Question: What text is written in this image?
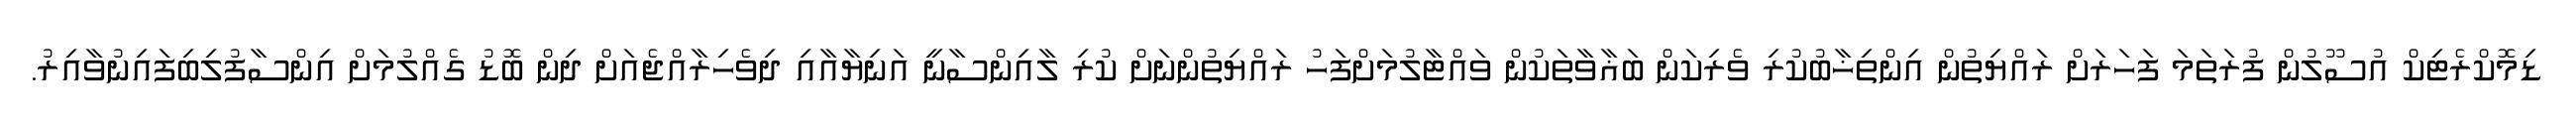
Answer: ޑިމޮކްރެޓިކް އުސޫލުން ފުރަތަމަ ފަހަރަށް ރައްޔިތުން އިންތިޚާބުކުރި ވެރިކަން ބަޣާވާތަކުން ވައްޓާލުމަށްފަހު ރައްޔިތުންނަށް ކުރި ލާއިންސާނީ އަނިޔާއާއި ދިވެހިރާއްޖެއަށް ދިން ބޮޑު ގެއްލުމަށް އިންސާފުލިބިފައިނުވާއިރު.